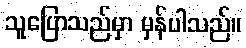
သူပြောသည်မှာ မှန်ပါသည်။